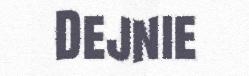
Dejnie